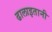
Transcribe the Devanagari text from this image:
ढालाइतानी